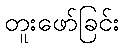
တူးဖော်ခြင်း